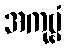
အကုဗ္ဗံ